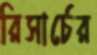
রিসার্চের